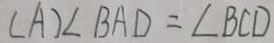
( A ) \angle B A D = \angle B C D